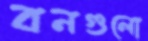
বনগুলো